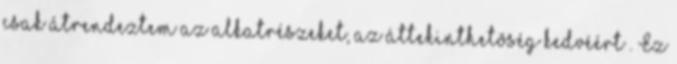
csak átrendeztem az alkatrészeket, az áttekinthetõség kedvéért . Ez